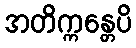
အတိက္ကန္တေပိ